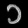
Digit: ၁